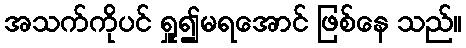
အသက်ကိုပင် ရှူ၍မရအောင် ဖြစ်နေ သည်။